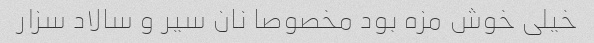
خیلی خوش مزه بود مخصوصا نان سیر و سالاد سزار